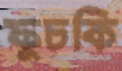
ফুচকি